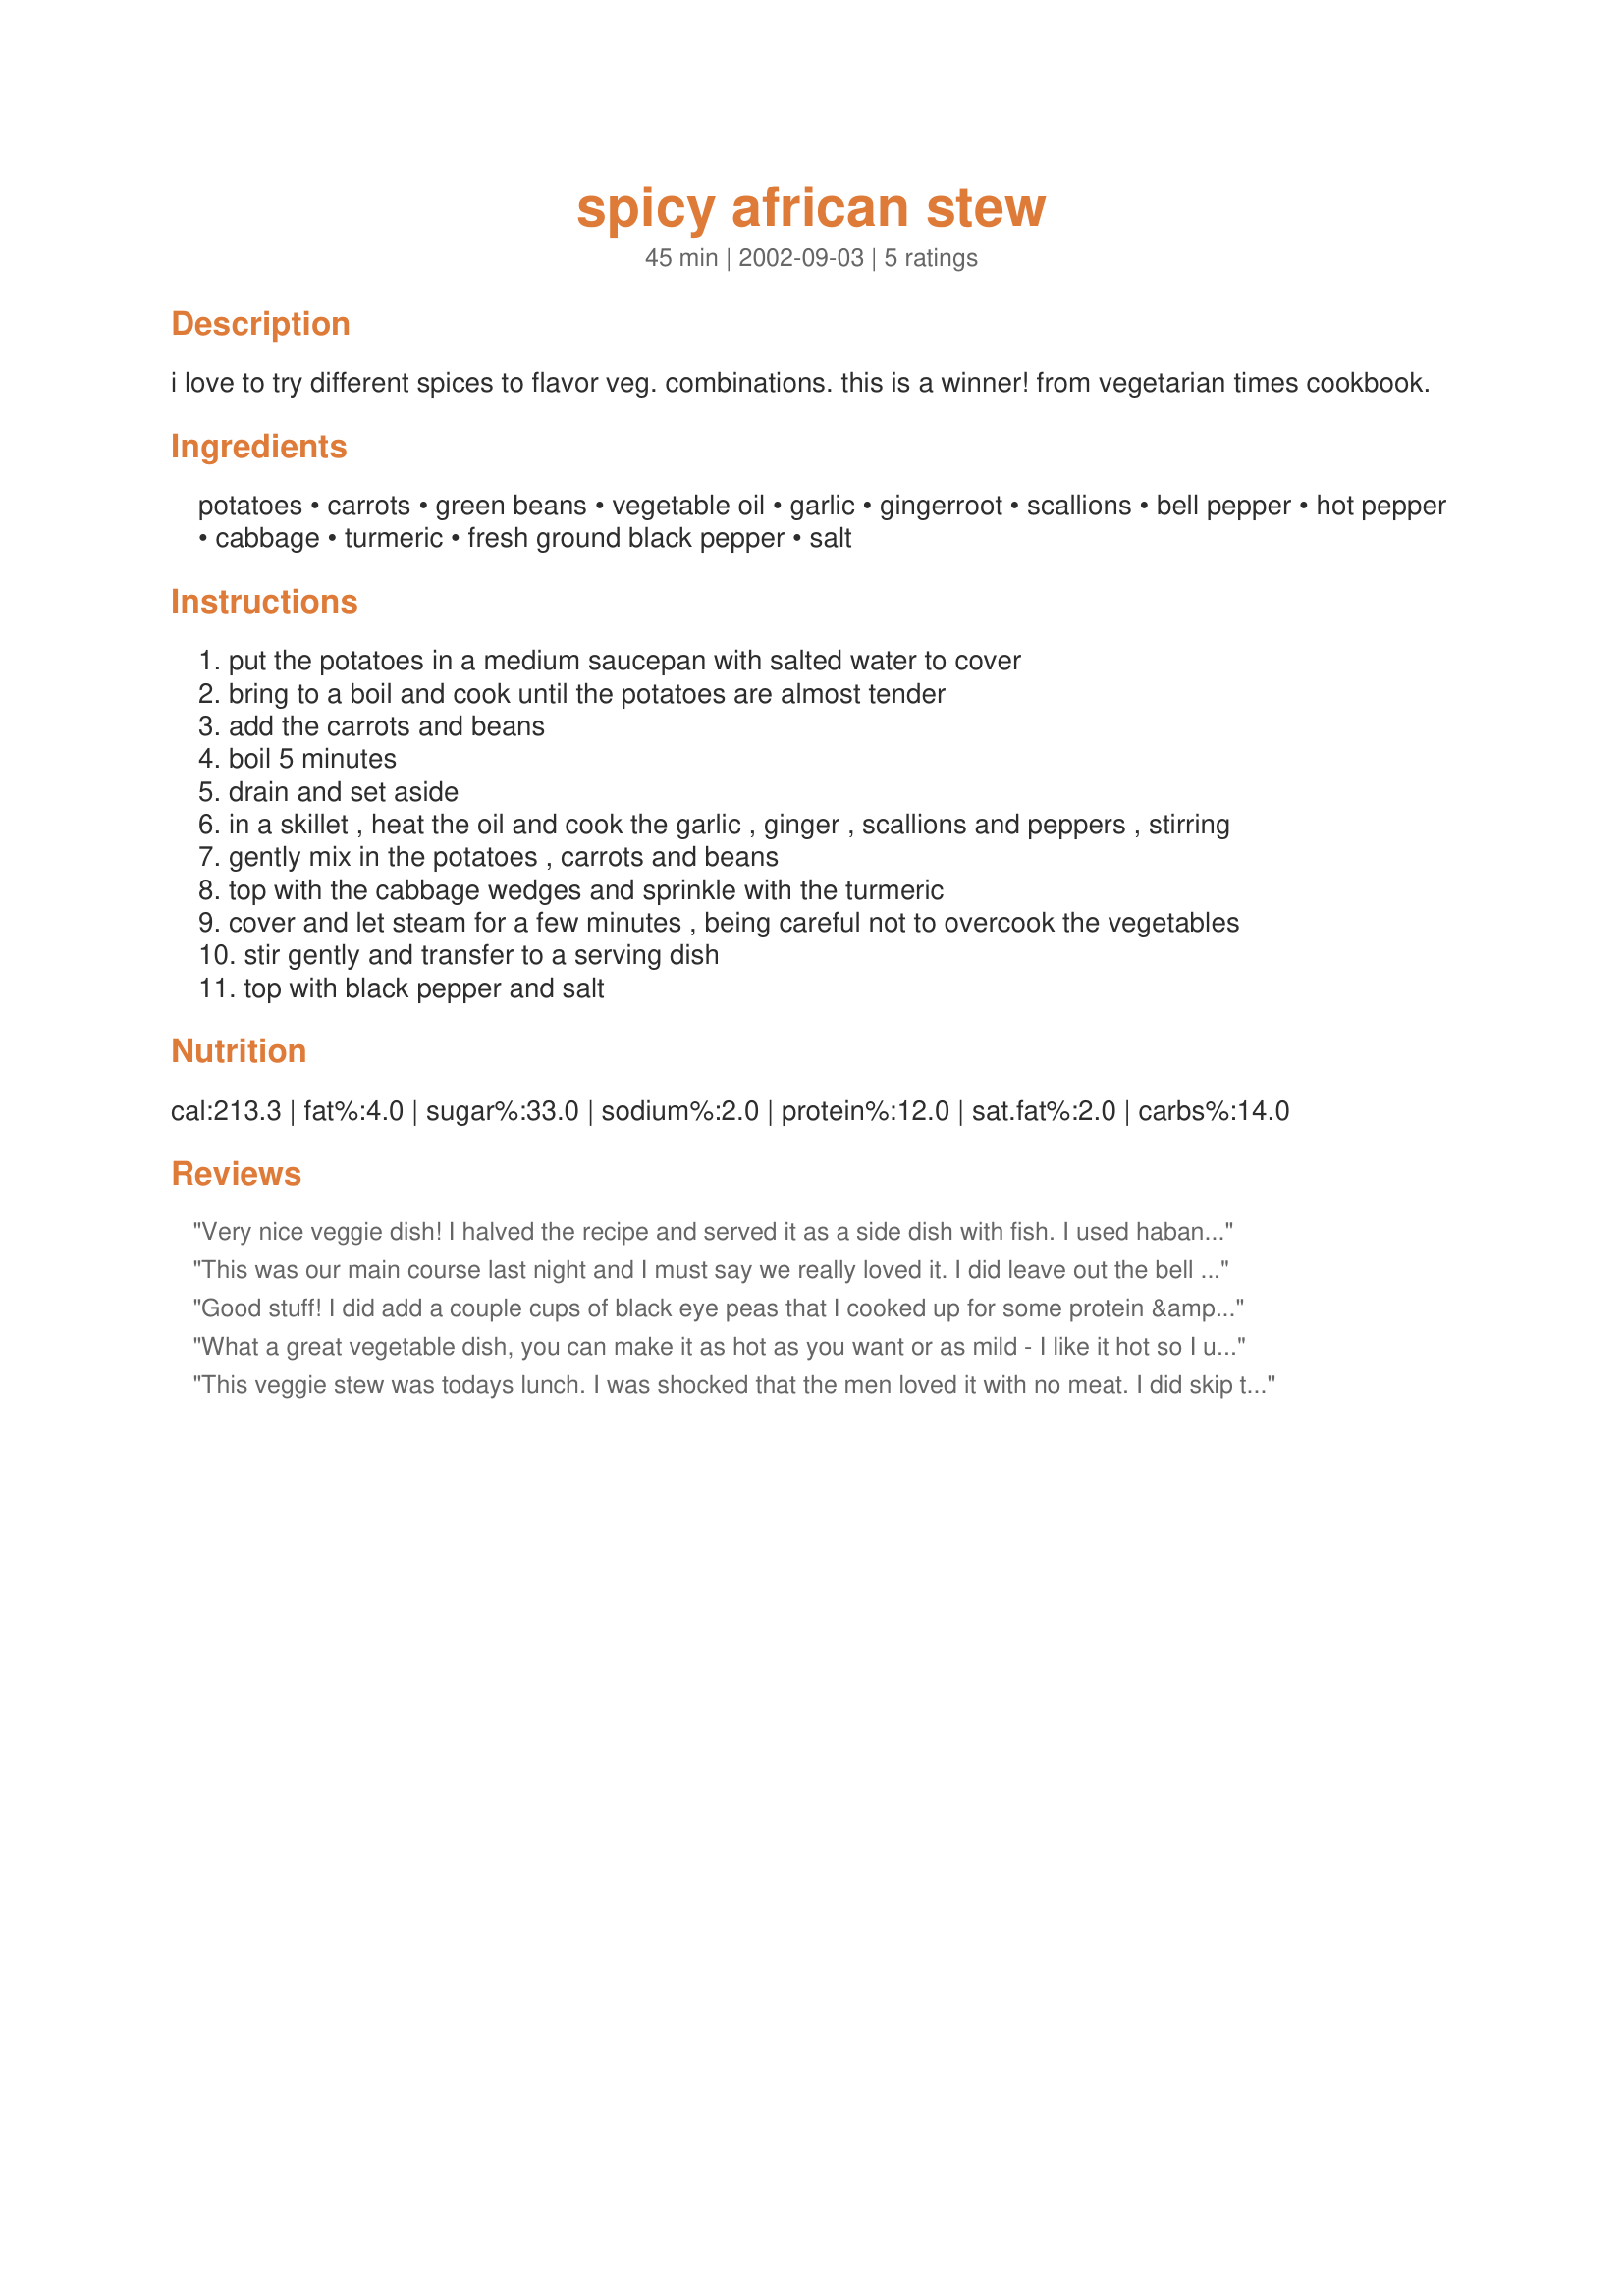
spicy african stew
Preparation time: 45 minutes

i love to try different spices to flavor veg. combinations. this is a winner! from vegetarian times cookbook.

Ingredients:
potatoes, carrots, green beans, vegetable oil, garlic, gingerroot, scallions, bell pepper, hot pepper, cabbage, turmeric, fresh ground black pepper, salt

Steps:
put the potatoes in a medium saucepan with salted water to cover
bring to a boil and cook until the potatoes are almost tender
add the carrots and beans
boil 5 minutes
drain and set aside
in a skillet , heat the oil and cook the garlic , ginger , scallions and peppers , stirring
gently mix in the potatoes , carrots and beans
top with the cabbage wedges and sprinkle with the turmeric
cover and let steam for a few minutes , being careful not to overcook the vegetables
stir gently and transfer to a serving dish
top with black pepper and salt

Reviews:
Very nice veggie dish! I halved the recipe and served it as a side dish with fish. I used habanero peppers and some extra habanero sauce as well. Yummy! Thanks Sharon! Made for ZWT 4.
This was our main course last night and I must say we really loved it. I did leave out the bell pepper as I can not eat it and I didn't have small potatoes so I cubed up 2 larger ones. I will be making this again as the sodium level is just great. Thank you Sharon for sharing. Made this for African Recipe Fun.
Good stuff! I did add a couple cups of black eye peas that I cooked up for some protein &amp; added 2c stock for more stewy-ness (it was rather dry). I also used a couple tablespoons each of garlic &amp; ginger as a personal preference. It was not too anything; it was wonderful! And only enough left for 1 lunch the next day. :) Made for African Tag 10/13.
What a great vegetable dish, you can make it as hot as you want or as mild - I like it hot so I used 2 jalapenos, i habanero and 2 tsp of Peri-peri powder. I wondered about the cabbage but followed the recipe and it really added so much to the total flavor. This is a meal in itself but I had left over pork with it. Thanks for sharing this recipe Sharon 123
This veggie stew was todays lunch. I was shocked that the men loved it with no meat. I did skip the hot peppers though and I used 1/3 tsp ground ginger so they wouldn't get a piece of something warm and refuse to eat another bite. The stew was such a welcome change from all the rich foods of the Christmas season but this would be enjoyed at any time of the year. The cabbage was very good it it and the colors in the golden broth are most inviting. Thanks for another very good recipe Sharon!
